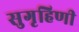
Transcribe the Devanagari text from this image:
सुगृहिणी